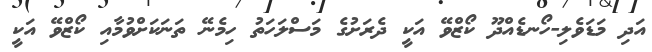
އަދި މަޑަވެލި-ހޯނޑެއްދޫ ކޯޒްވޭ އަކީ ދެރަށުގެ މަސްލަހަތު ހިމެނޭ ތަނަކަށްވުމާއި ކޯޒްވޭ އަކީ